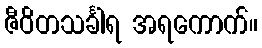
ဇီဝိတသင်္ခါရ အရကောက်။